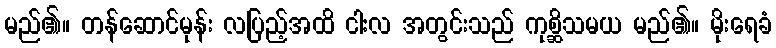
မည်၏။ တန်ဆောင်မုန်း လပြည့်အထိ ငါးလ အတွင်းသည် ကုစ္ဆိသမယ မည်၏။ မိုးရေခံ